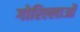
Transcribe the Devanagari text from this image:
गोरिल्लाओं